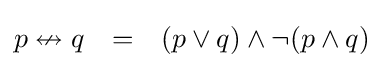
{\begin{matrix}p\nleftrightarrow q&=&(p\vee q)\land \neg (p\land q)\end{matrix}}